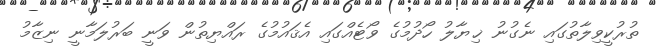
ތުރުކީވިލާތުގައި ނެގުނު ޚިޔާލު ހޯދުމުގެ ވޯޓެއްގައި އެޤައުމުގެ ރައްޔިތުން ވަނީ ބަރުލަމާނީ ނިޒާމު